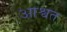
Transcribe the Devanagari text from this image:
आश्वत